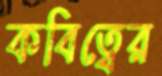
কবিত্বের